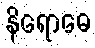
နိရောဓေ